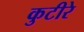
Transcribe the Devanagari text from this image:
कुटीरे